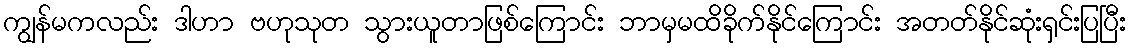
ကျွန်မကလည်း ဒါဟာ ဗဟုသုတ သွားယူတာဖြစ်ကြောင်း ဘာမှမထိခိုက်နိုင်ကြောင်း အတတ်နိုင်ဆုံးရှင်းပြပြီး